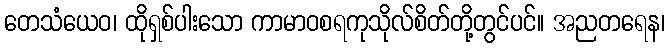
တေသံယေဝ၊ ထိုရှစ်ပါးသော ကာမာဝစရကုသိုလ်စိတ်တို့တွင်ပင်။ အညတရေန၊